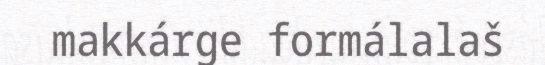
makkárge formálalaš